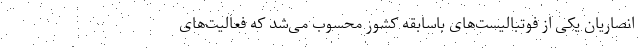
انصاریان یکی از فوتبالیست‌های باسابقه کشور محسوب می‌شد که فعالیت‌های